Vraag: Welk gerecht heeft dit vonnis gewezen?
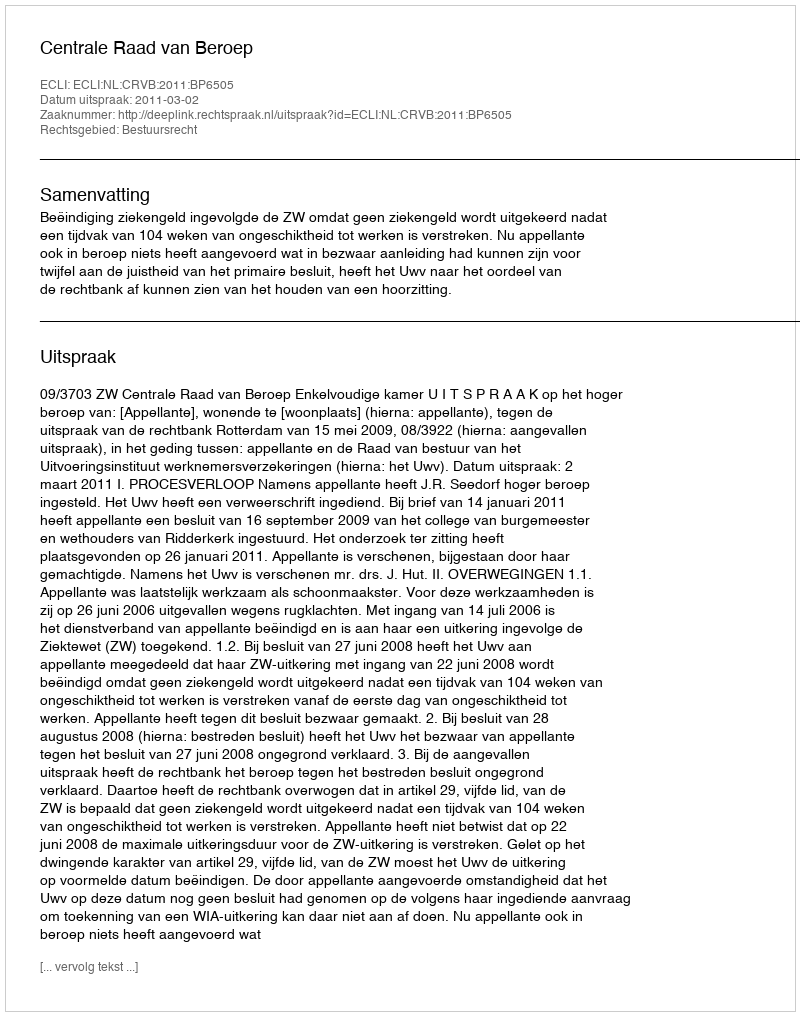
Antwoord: Centrale Raad van Beroep